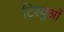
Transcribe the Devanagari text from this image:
टिश्युओं